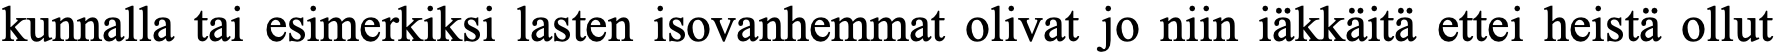
kunnalla tai esimerkiksi lasten isovanhemmat olivat jo niin iäkkäitä ettei heistä ollut